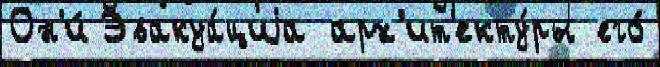
Он'и́ Эвакуа́циjа арх'ит'екту́ры его́